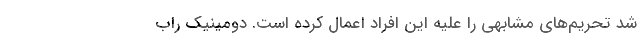
شد تحریم‌های مشابهی را علیه این افراد اعمال کرده است. دومینیک راب